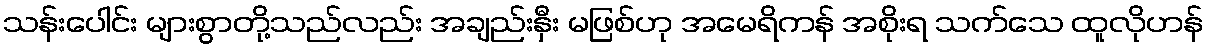
သန်းပေါင်း များစွာတို့သည်လည်း အချည်းနှီး မဖြစ်ဟု အမေရိကန် အစိုးရ သက်သေ ထူလိုဟန်